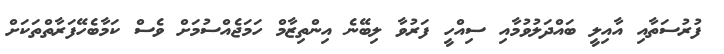
ފުރުސަތާއި އާއިލީ ބައްދަލުވުމާއި ސިއްހީ ފަރުވާ ލިބޭނެ އިންތިޒާމް ހަމަޖެއްސުމަށް ވެސް ކަމާބެހޭފަރާތްތަކަށް